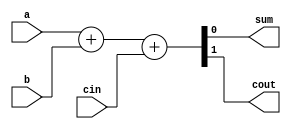
module fadd(
    input cin,
    input a,
    input b,
    output sum,
    output cout
);

    assign {cout,sum} = a + b + cin;
    
endmodule